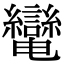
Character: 𦇷